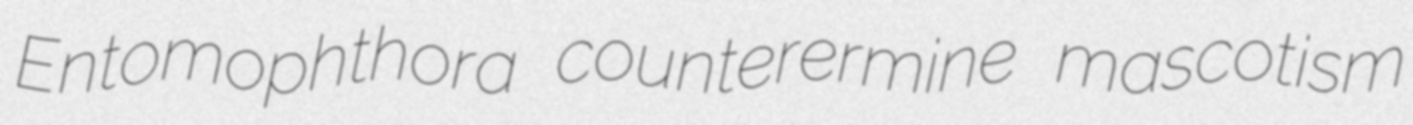
Entomophthora counterermine mascotism